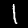
Label: 1